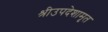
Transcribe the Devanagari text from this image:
श्रीउपदेशामृत